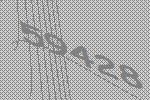
59428